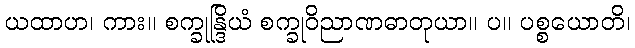
ယထာဟ၊ ကား။ စက္ခုန္ဒြိယံ စက္ခုဝိညာဏဓာတုယာ။ ပ။ ပစ္စယောတိ၊